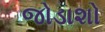
જોડાશો